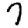
Digit: 7